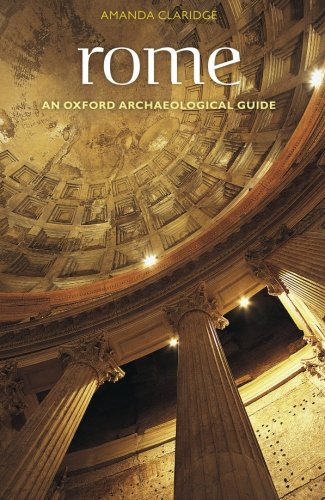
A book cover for Rome (Oxford Archaeological Guides); Amanda Claridge; History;